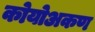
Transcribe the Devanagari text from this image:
कोयोअकण